Statistics compiled by the Government of India from the reports of provincial Civil Veterinary Departments
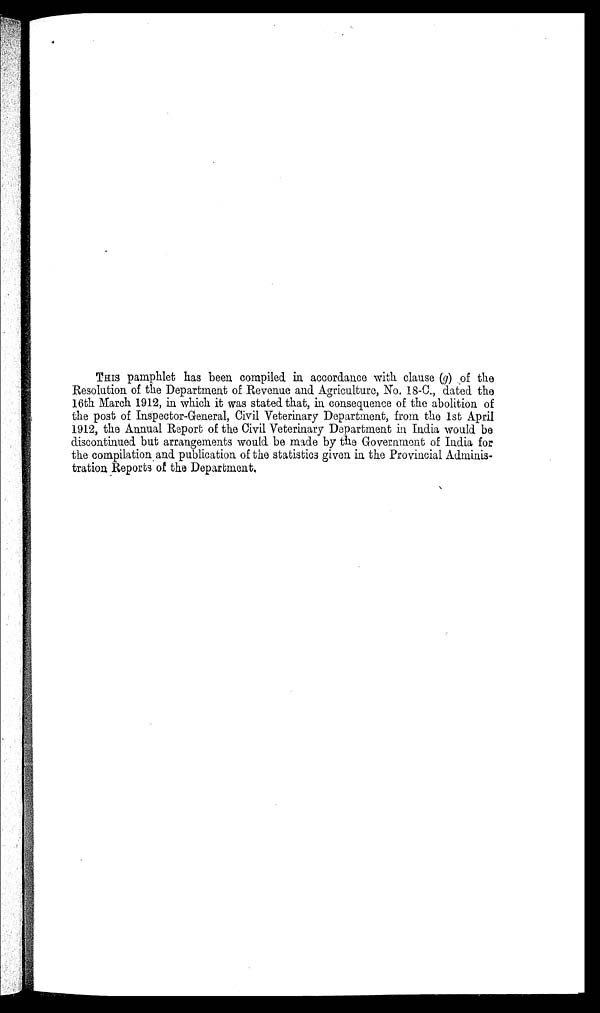
THIS pamphlet has been compiled in accordance with clause (g) of the
Resolution of the Department of Revenue and Agriculture, No. 18-C., dated the
16th March 1912, in which it was stated that, in consequence of the abolition of
the post of Inspector-General, Civil Veterinary Department, from the 1st April
1912, the Annual Report of the Civil Veterinary Department in India would be
discontinued but arrangements would be made by the Government of India for
the compilation and publication of the statistics given in the Provincial Adminis-
tration Reports of the Department.